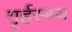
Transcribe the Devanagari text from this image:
गृर्हस्थ्य